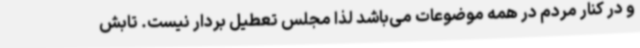
و در کنار مردم در همه موضوعات می‌باشد لذا مجلس تعطیل بردار نیست. تابش